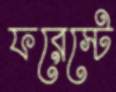
ফরেস্টে